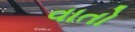
વાતો